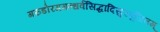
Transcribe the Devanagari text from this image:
गरुडोरगगन्धर्वसिद्धादिसुरपूजितम्